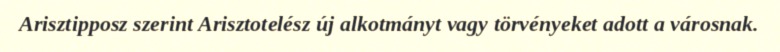
Arisztipposz szerint Arisztotelész új alkotmányt vagy törvényeket adott a városnak.